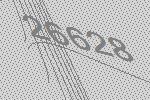
26628